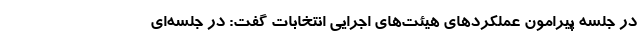
در جلسه پیرامون عملکردهای هیئت‌های اجرایی انتخابات گفت: در جلسه‌ای